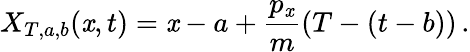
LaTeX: X_{T,a,b}(\mathit{x},t)=\mathit{x}-a+\frac{{p_{\mathit{x}}}}{{m}}(T-(t-b))\, .